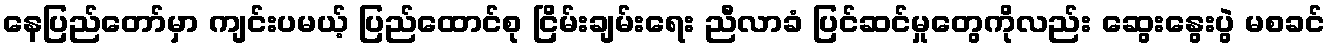
နေပြည်တော်မှာ ကျင်းပမယ့် ပြည်ထောင်စု ငြိမ်းချမ်းရေး ညီလာခံ ပြင်ဆင်မှုတွေကိုလည်း ဆွေးနွေးပွဲ မစခင်